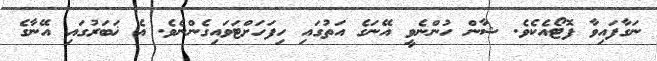
ނަގާފައިވާ ފޮޓޯއެކެވެ. ޝާން ހުންނެވީ އޭނަގެ އަތުގައި ހިފަހަށްޓަވައިގެންނެވެ. އެ ޚަބަރުގައި އޭނާގެ